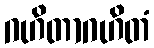
ဂဟိတာဂဟိတံ